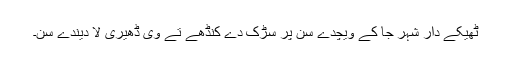
ٹھیکے دار شہر جا کے ویچدے سن پر سڑک دے کنڈھے تے وی ڈھیری لا دیندے سن۔